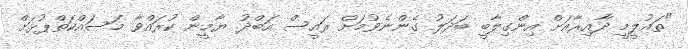
"ތައުލީމީ ދާއިރާއަށް އިންގިލާބީ ބަދަލު ގެންނެވުމަށް ރައީސް އަބްދު ޔާމީން ކުރައްވާ މަސައްކަތްޕުޅަށް